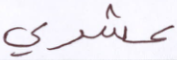
عشري